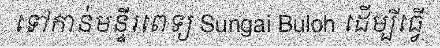
ទៅកាន់មន្ទីរពេទ្យ Sungai Buloh ដើម្បីធ្វើ